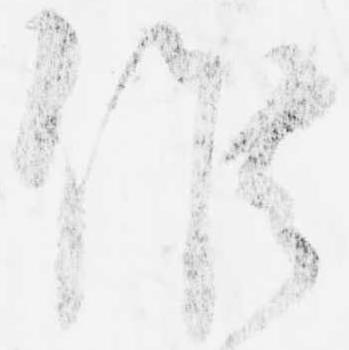
候